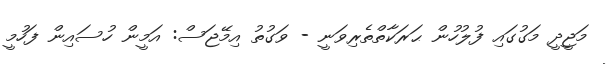
މަޖީދީ މަގުގައި ފުލުހުން ޙަރަކާތްތެރިވަނީ - ވަގުތު އިމޭޖަސް: އަމީން ހުސައިން ފަހުމީ